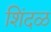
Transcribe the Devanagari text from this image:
शिंदळ